Medical and sanitary report of the native army of Madras for the year
Year: 1877
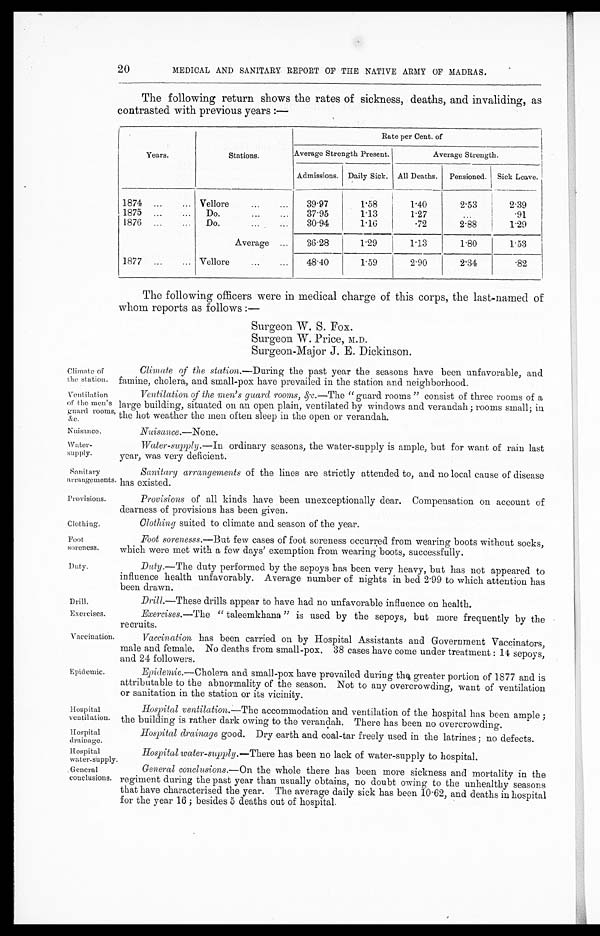
Ventilation
of the men's
guard rooms,
&c.
Nuisance.
Water-
supply.
Sanitary
arrangements
Provisions.
Clothing.
Foot
soreness.
Duty.
Drill.
Exercises.
Hospital
ventilation.
Hospital
drainage.
Climate of
the station.
20
MEDICAL AND SANITARY REPORT OF THE NATIVE ARMY OF MADRAS.
The following return shows the rates of sickness, deaths, and invaliding, as
contrasted with previous years:—
Years.
Stations.
Rate per Cent. of
Average Strength Present.
Average Strength.
Admissions. Daily Sick. All Deaths. Pensioned. Sick Leave.
1874
Vellore
39.97
1.58
1.40
2.53
2.39
1875
Do.
37.95
1.13
1.27
. . .
.91
1876
Do.
30.94
1.16
.72
2.88
1.29
Average
36.28
1.29
1.13
1.80
1.53
1877
Vellore
48.40
1.59
2.90
2.34
.82
The following officers were in medical charge of this corps, the last-named of
whom reports as follows:—
Surgeon W. S. Fox.
Surgeon W. Price, M.D.
Surgeon-Major J. E. Dickinson.
Climate of the station.—During the past year the seasons have been unfavorable, and
famine. cholera. and small-pox have prevailed in the station and neighborhood.
Ventilation of the men's guard rooms, &c.—The "guard rooms" consist of three rooms of a
large building, situated on an open plain, ventilated by windows and verandah; rooms small; in
the hot weather the men often sleep in the open or verandah.
Nuisance.— None.
Water-supply. —In ordinary seasons, the water-supply is ample, but for want of rain last
year, was very deficient.
Sanitary arrangements of the lines are strictly attended to, and no local cause of disease
has existed.
Provisions of all kinds have been unexceptionally dear. Compensation on account of
dearness of provisions has been given.
Clothing suited to climate and season of the year.
Foot sorenesss.—But few cases of foot soreness occurred from wearing boots without socks,
which were met with a few days' exemption from wearing boots, successfully.
Duty. —The duty performed by the sepoys has been very heavy, but has not appeared to
influence health unfavorably. Average number of nights in bed 2.99 to which attention has
been drown
Drill.—These drills appear to have had no unfavorable influence on health.
Exercises.—The " taleemkhana" is used by the sepoys, but more frequently by the
recruits.
Vaccination.
Epidemic.
Vaccination has been carried on by Hospital Assistants and Government Vaccinators,
male and female. No deaths from small-pox. 38 cases have conic under treatment: 14 sepoys,
and 24, followers.
Epidemic. —Cholera and small-pox have prevailed during the greater portion of 1877 and is
attributable to the abnormality of the season. Not to any overcrowding, want of ventilation
or sanitation in the station or its vicinity.
Hospital ventilation.:—The accommodation and ventilation of the hospital has been ample;
the building is rather dark owing to the verandah. There has been no overcrowding.
Hospital drainage good. Dry earth and coal-tar freely used in the latrines; no defects.
Hospital
water-supply.
Hospital water-supply.— There has been no lack of water-supply to hospital.
General
couclusions.
General conclusions.—On the whole there has been more sickness and mortality in the
regiment during the past year than usually obtains, no doubt owing to the unhealthy seasons
that have characterised the year. The average daily sick has been 10.62, and deaths in hospital
for the year 16; besides 5 deaths out of hospital.